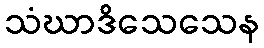
သံဃာဒိသေသေန